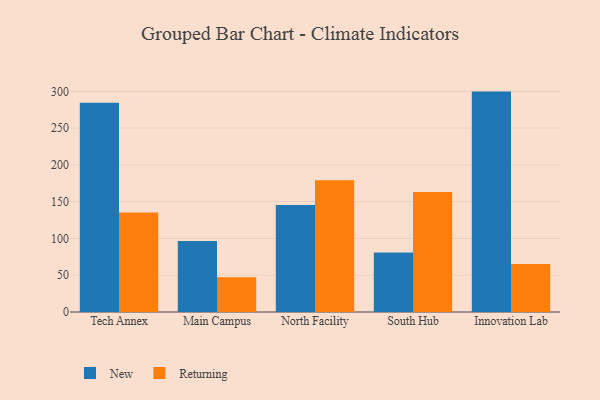
{"axis": {"x": "Campus", "y": "Production Output"}, "legend": ["New", "Returning"], "data": [{"x": "Tech Annex", "y": 284.3, "type": "New"}, {"x": "Tech Annex", "y": 135.2, "type": "Returning"}, {"x": "Main Campus", "y": 96.4, "type": "New"}, {"x": "Main Campus", "y": 47.2, "type": "Returning"}, {"x": "North Facility", "y": 145.4, "type": "New"}, {"x": "North Facility", "y": 179.2, "type": "Returning"}, {"x": "South Hub", "y": 80.9, "type": "New"}, {"x": "South Hub", "y": 163.2, "type": "Returning"}, {"x": "Innovation Lab", "y": 299.6, "type": "New"}, {"x": "Innovation Lab", "y": 65.1, "type": "Returning"}]}